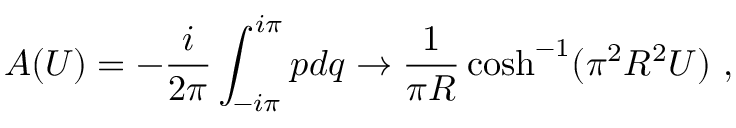
A ( U ) = - { \frac { i } { 2 \pi } } \int _ { - i \pi } ^ { i \pi } p d q \rightarrow { \frac { 1 } { \pi R } } \cosh ^ { - 1 } ( \pi ^ { 2 } R ^ { 2 } U ) \ ,